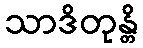
သာဒိတုန္တိ